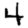
Digit: 4